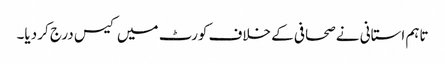
تاہم استانی نے صحافی کے خلاف کورٹ میں کیس درج کر دیا۔